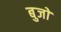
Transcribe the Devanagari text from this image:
बुजों